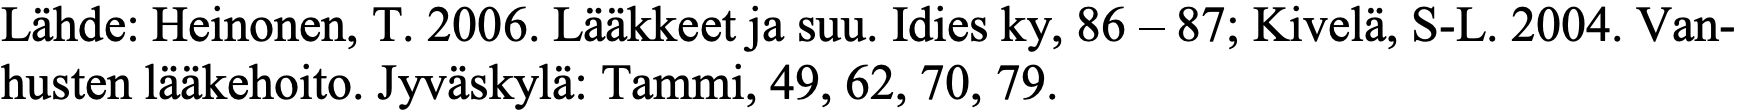
Lähde: Heinonen, T. 2006. Lääkkeet ja suu. Idies ky, 86 – 87; Kivelä, S-L. 2004. Van- husten lääkehoito. Jyväskylä: Tammi, 49, 62, 70, 79.